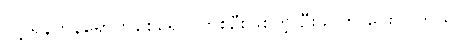
လို့ ရန်ကုန်ရောက်စစ်ရှောင်တစ်ဦးဖြစ်တဲ့ ဦးခင်က ပြောပါတယ်။